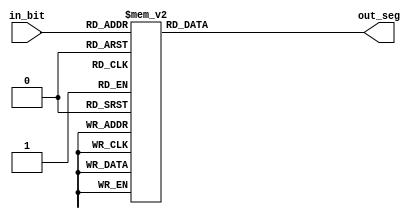
module seven_segment 
( input [3:0] in_bit ,
output  reg [6:0] out_seg  
);
 
always @(in_bit)
   begin 
   case(in_bit)
	  4'b0000: out_seg = 7'b0000001; // "0"  
     4'b0001: out_seg= 7'b1001111; // "1" 
      4'b0010: out_seg = 7'b0010010; // "2" 
      4'b0011: out_seg = 7'b0000110; // "3" 
       4'b0100: out_seg = 7'b1001100; // "4" 
       4'b0101: out_seg = 7'b0100100; // "5" 
       4'b0110: out_seg = 7'b0100000; // "6" 
      4'b0111: out_seg= 7'b0001111; // "7" 
      4'b1000: out_seg = 7'b0000000; // "8"  
       4'b1001: out_seg = 7'b0000100; // "9" 
	 4'b1010 : out_seg=7'b0000000;//10
	 4'b1011 : out_seg=7'b0000000;//11
	 4'b1100 : out_seg=7'b0000000;//12
	 4'b1101 : out_seg=7'b0000000;//13
	 4'b1110 : out_seg=7'b0000000;//14
	 4'b1111 : out_seg=7'b0000000;//15
	 endcase
	 
	 end 
	 
	 endmodule